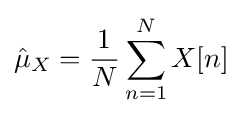
{\hat {\mu }}_{X}={\frac {1}{N}}\sum _{n=1}^{N}X[n]